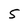
Character: 5